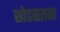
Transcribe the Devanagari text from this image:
सोहळय़ात